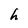
Character: h